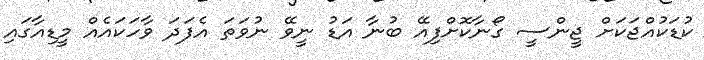
ކުޑަކުއްޖަކަށް ޖީންސީ ގޯނާކޮށްފިއޭ ބުނާ އަޑު ނީވޭ ނުވަތަ އެފަދަ ވާހަކައެއް މީޑިއާގައި